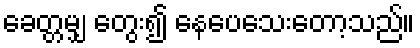
ခေတ္တမျှ တွေး၍ နေပေသေးတော့သည်။